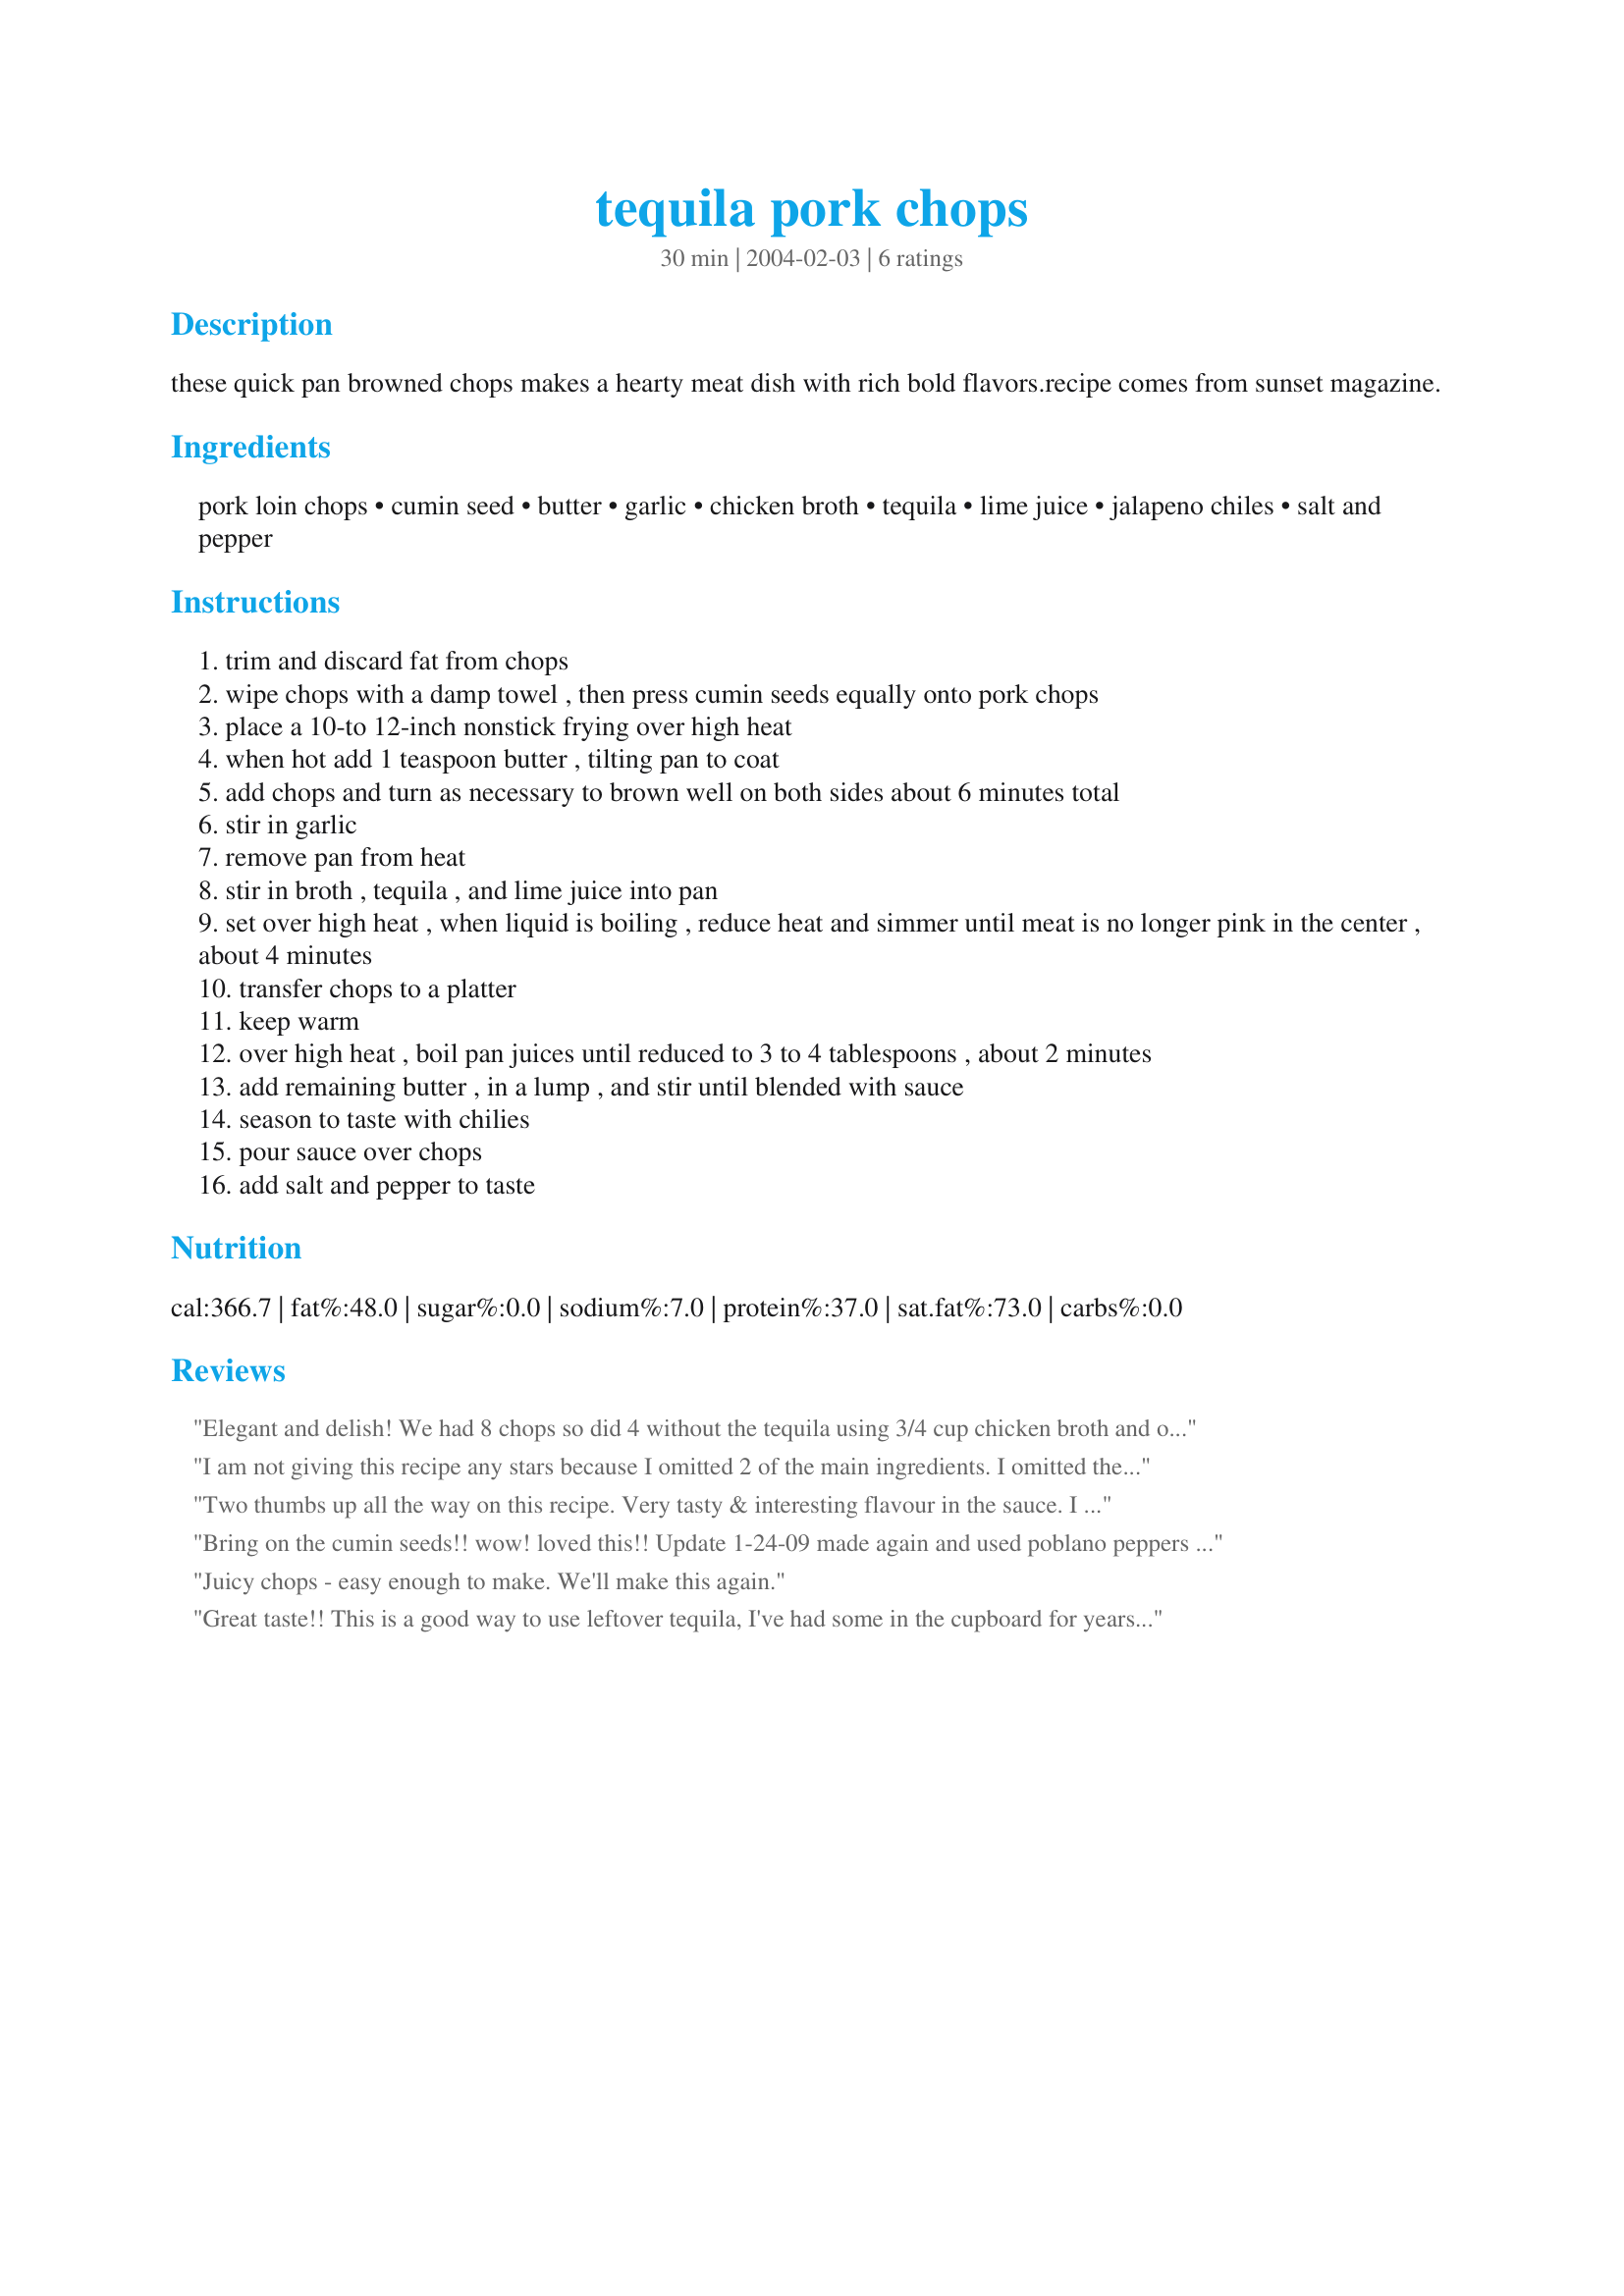
tequila pork chops
Preparation time: 30 minutes

these quick pan browned chops makes a hearty meat dish with rich bold flavors.recipe comes from sunset magazine.

Ingredients:
pork loin chops, cumin seed, butter, garlic, chicken broth, tequila, lime juice, jalapeno chiles, salt and pepper

Steps:
trim and discard fat from chops
wipe chops with a damp towel , then press cumin seeds equally onto pork chops
place a 10-to 12-inch nonstick frying over high heat
when hot add 1 teaspoon butter , tilting pan to coat
add chops and turn as necessary to brown well on both sides about 6 minutes total
stir in garlic
remove pan from heat
stir in broth , tequila , and lime juice into pan
set over high heat , when liquid is boiling , reduce heat and simmer until meat is no longer pink in the center , about 4 minutes
transfer chops to a platter
keep warm
over high heat , boil pan juices until reduced to 3 to 4 tablespoons , about 2 minutes
add remaining butter , in a lump , and stir until blended with sauce
season to taste with chilies
pour sauce over chops
add salt and pepper to taste

Reviews:
Elegant and delish! We had 8 chops so did 4 without the tequila using 3/4 cup chicken broth and only 1 tbsp lime jc and no jalapeno (this was for the baby) The other 4 chops we followed recipe exact except no cumin seeds so we sprinkled ground cumin on the pork and used pickled jalapeno slices. When you live simple lives, you need to cook with pizzaz and this dish kicked up the ole pork chop with minimal fuss.
I am not giving this recipe any stars because I omitted 2 of the main ingredients. I omitted the cumin and jalpeno chiles. I made the rest of the recipe though. The sauce that the recipe makes is really good! That in itself deserves 4-5 stars. I spooned some of it over my baked potato. I was wishing there was more sauce. :) Next time I make this, I will double the sauce ingredients so that it will make more. SInce I did not add the cumin and jalapenos to the recipe I cannot fairly rate the overall recipe. It might throw other chefs off if I do give it stars.
Two thumbs up all the way on this recipe. Very tasty & interesting flavour in the sauce. I added gravy ingredients to the final sauce and used on the mashed potatoes we had with the chops. Didn't change ingredients, however, I didn't have cumin seeds so I used cumin powder & it worked fine.
Bring on the cumin seeds!! wow! loved this!! Update 1-24-09 made again and used poblano peppers instead of jalapenos for kids. BUT kids didn't like the cumin (they ARE picky), so next time i may just not put cumin seeds on theirs but still use for the adults! Added more garlic and butter when making more sauce.
Juicy chops - easy enough to make. We'll make this again.
Great taste!! This is a good way to use leftover tequila, I've had some in the cupboard for years!! I made a mess of chops and doubled the recipe, but still could have used more sauce. This is a great low-carb recipe, thanks!!
